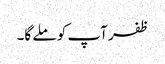
ظفر آپ کو ملے گا۔